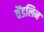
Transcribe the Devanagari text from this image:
वेंडलिन